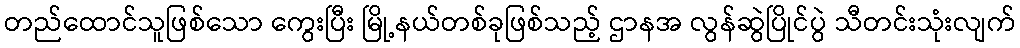
တည်ထောင်သူဖြစ်သော ကွေးပြီး မြို့နယ်တစ်ခုဖြစ်သည့် ဌာနအ လွန်ဆွဲပြိုင်ပွဲ သီတင်းသုံးလျက်